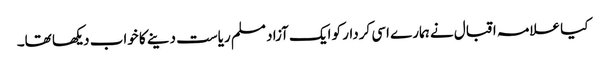
کیا علامہ اقبال نے ہمارے اسی کردار کو ایک آزاد مسلم ریاست دینے کا خواب دیکھا تھا۔